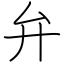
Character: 弁